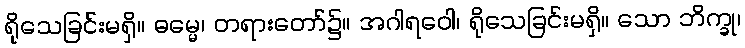
ရိုသေခြင်းမရှိ။ ဓမ္မေ၊ တရားတော်၌။ အဂါရဝေါ၊ ရိုသေခြင်းမရှိ။ သော ဘိက္ခု၊